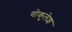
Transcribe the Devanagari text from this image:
गोकुलेश